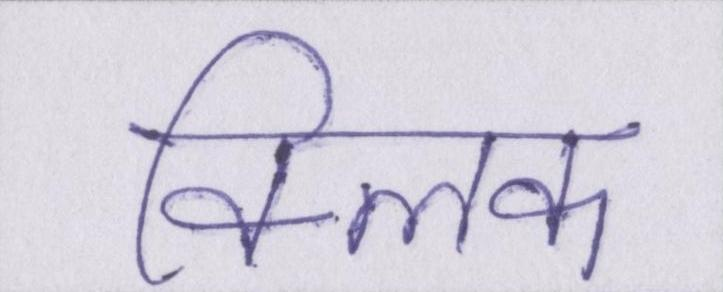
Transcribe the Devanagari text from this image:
क्लिक